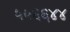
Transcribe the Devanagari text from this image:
५५६६४४